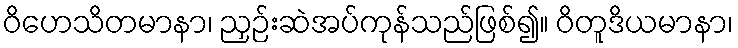
ဝိဟေသိတမာနာ၊ ညှဉ်းဆဲအပ်ကုန်သည်ဖြစ်၍။ ဝိတူဒိယမာနာ၊